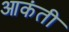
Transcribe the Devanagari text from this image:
आकंती